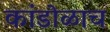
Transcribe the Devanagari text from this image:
कांडोळाच